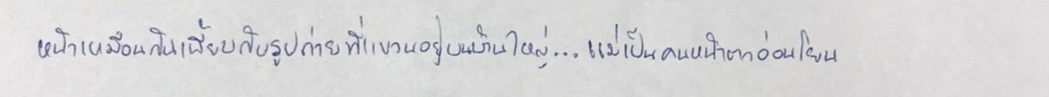
หน้าเหมือนกันเพี้ยบกับรูปถ่ายที่แขวนอยู่บนบ้านใหญ่...แม่เป็นคนหน้าตาอ่อนโยน